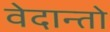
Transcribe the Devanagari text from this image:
वेदान्तो